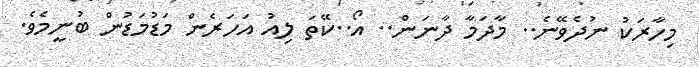
މިހާރަކު ނުދެވޭނެ.. މާދަމާ ދާނަން.. އޯ..ކޭތަ ލިއު އަހަރެން މަޑުމަޑުން ބުނީމެވެ.